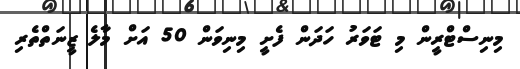
މިނިސްޓްރީން މި ޓަވަރު ހަދަން ފެށީ މިނިވަން 50 އަށް މާލެ ޒީނަތްތެރި